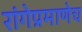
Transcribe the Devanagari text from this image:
रांगेप्रमाणेच